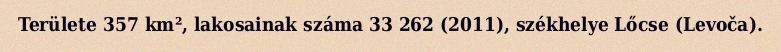
Területe 357 km², lakosainak száma 33 262 (2011), székhelye Lőcse (Levoča).